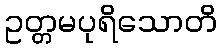
ဥတ္တမပုရိသောတိ